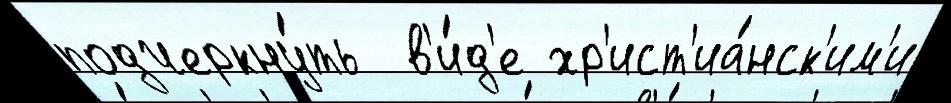
подчеркну́ть  в'и́д'е хр'ист'иа́нск'им'и